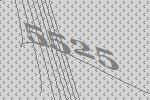
5525